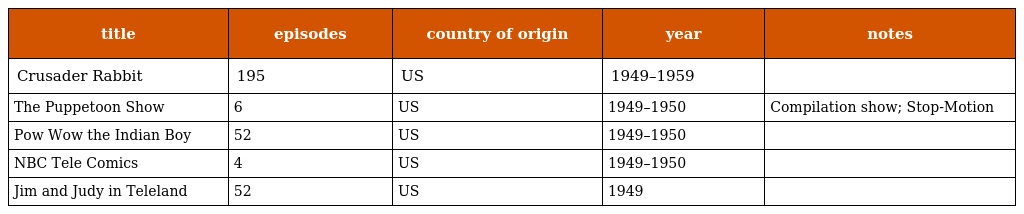
| title | episodes | country of origin | year | notes |
 | --- | --- | --- | --- | --- |
 | Crusader Rabbit | 195 | US | 1949–1959 |  |
 | The Puppetoon Show | 6 | US | 1949–1950 | Compilation show; Stop-Motion |
 | Pow Wow the Indian Boy | 52 | US | 1949–1950 |  |
 | NBC Tele Comics | 4 | US | 1949–1950 |  |
 | Jim and Judy in Teleland | 52 | US | 1949 |  |